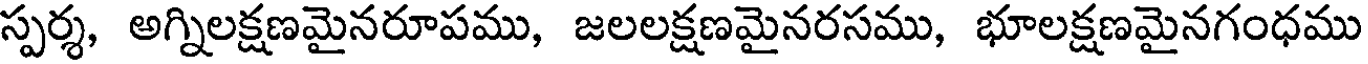
స్పర్శ, అగ్నిలక్షణమైనరూపము, జలలక్షణమైనరసము, భూలక్షణమైనగంధము